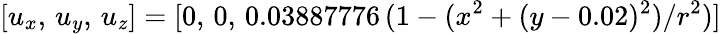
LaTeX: [u_{x},\, u_{y},\, u_{z}]=[0,\, 0,\, 0.03887776\, (1-(x^{2}+(y-0.02)^{2})/r^{2})]